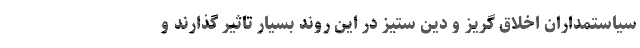
سیاستمداران اخلاق گریز و دین ستیز در این روند بسیار تاثیر گذارند و